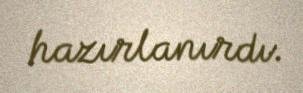
hazırlanırdı.